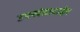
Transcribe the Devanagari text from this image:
उपखंडाबाहेर